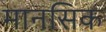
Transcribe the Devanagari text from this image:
मानसिक